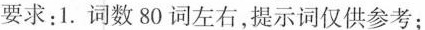
要求：1.词数80词左右，提示词仅供参考；